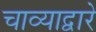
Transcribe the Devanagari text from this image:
चाव्याद्वारे